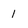
Character: 1